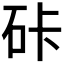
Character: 𰦯